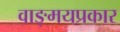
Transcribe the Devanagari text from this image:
वाङ्‌मयप्रकार